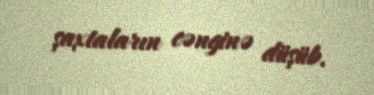
şaxtaların cənginə düşüb.